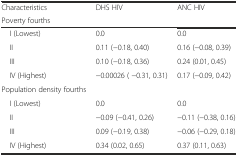
| Characteristics | DHS HIV | ANC HIV |
 | Poverty fourths |  |  |
 | --- | --- | --- |
 | I (Lowest) | 0.0 | 0.0 |
 | II | 0.11 (−0.18, 0.40) | 0.16 (−0.08, 0.39) |
 | III | 0.10 (−0.18, 0.36) | 0.24 (0.01, 0.45) |
 | IV (Highest) | −0.00026 ( −0.31, 0.31) | 0.17 (−0.09, 0.42) |
 | Population density fourths |  |  |
 | I (Lowest) | 0.0 | 0.0 |
 | II | −0.09 (−0.41, 0.26) | −0.11 (−0.38, 0.16) |
 | III | 0.09 (−0.19, 0.38) | −0.06 (−0.29, 0.18) |
 | IV (Highest) | 0.34 (0.02, 0.65) | 0.37 (0.11, 0.63) |